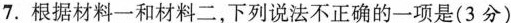
7.根据材料一和材料二，下列说法不正确的一项是(3分)